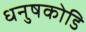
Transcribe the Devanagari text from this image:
धनुषकोडि